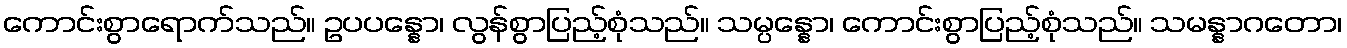
ကောင်းစွာရောက်သည်။ ဥပပန္နော၊ လွန်စွာပြည့်စုံသည်။ သမ္ပန္နော၊ ကောင်းစွာပြည့်စုံသည်။ သမန္နာဂတော၊